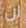
ان